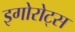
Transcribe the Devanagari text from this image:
इगोरोट्स